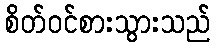
စိတ်ဝင်စားသွားသည်